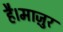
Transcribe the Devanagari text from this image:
है।माज़ुर